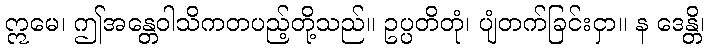
ဣမေ၊ ဤအန္တေဝါသိကတပည့်တို့သည်။ ဥပ္ပတိတုံ၊ ပျံတက်ခြင်းငှာ။ န ဒေန္တိ၊